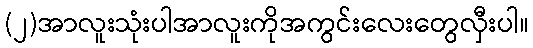
(၂)အာလူးသုံးပါအာလူးကိုအကွင်းလေးတွေလှီးပါ။